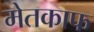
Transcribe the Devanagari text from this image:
मेतकाफ